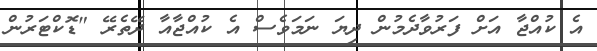
އެ ކުއްޖާ އަށް ފަރުވާދެމުން ދިޔަ ނަމަވެސް އެ ކުއްޖާއާ ދޭތެރޭ "ޑޮކްޓަރުން